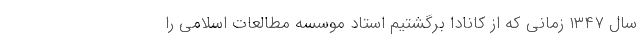
سال ۱۳۴۷ زمانی که از کانادا برگشتیم استاد موسسه مطالعات اسلامی را